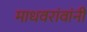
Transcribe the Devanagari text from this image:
माधवरांवांनी